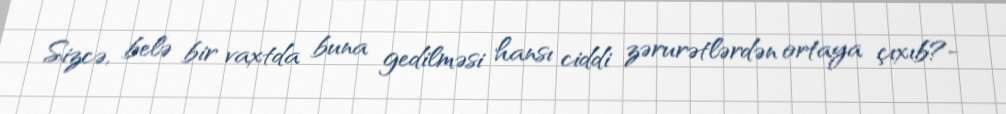
Sizcə, belə bir vaxtda buna gedilməsi hansı ciddi zərurətlərdən ortaya çıxıb?-